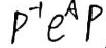
\(P^{-1}e^{A}P\)